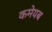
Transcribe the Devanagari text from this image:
कमेयब